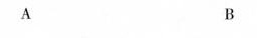
A B